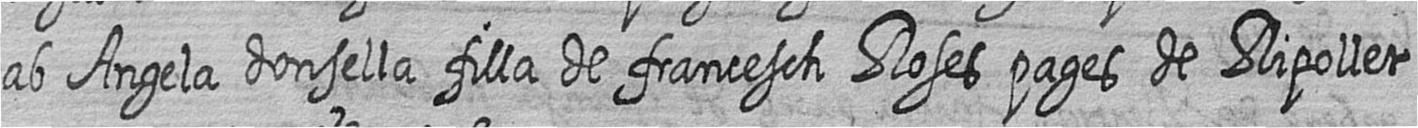
ab Angela donsella filla de francesch Roses pages de Ripollet